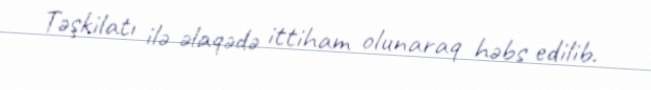
Təşkilatı ilə əlaqədə ittiham olunaraq həbs edilib.